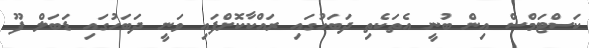
ކަސްޓަމްސް އިން ބުނީ އެތަކެތި ދަބަހުގައި ރައްކާކޮށްފައި ވަނީ ދަބަހުގައި ޑަބަލް ފޫ